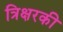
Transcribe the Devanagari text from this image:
त्रिक्षरकी